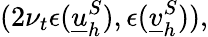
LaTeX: (2\nu_{t}\epsilon(\underline{{u}}_{h}^{S}),\epsilon(\underline{{v}}_{h}^{S})),